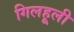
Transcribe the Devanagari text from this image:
गिलहूली